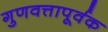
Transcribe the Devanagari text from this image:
गुणवत्तापूर्वक